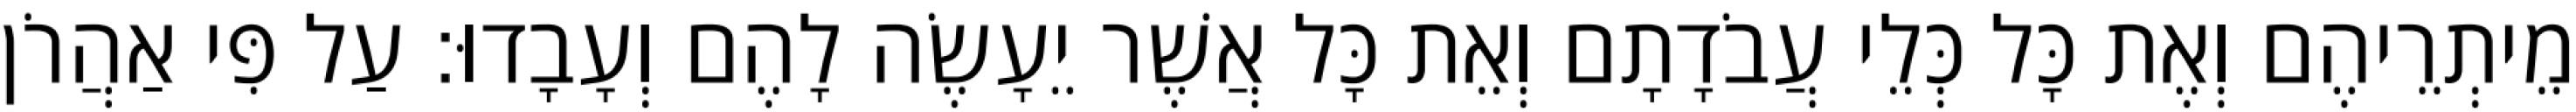
מֵיתְרֵיהֶם וְאֶת כָּל כְּלֵי עֲבֹדָתָם וְאֵת כָּל אֲשֶׁר יֵעָשֶׂה לָהֶם וְעָבָדוּ׃ עַל פִּי אַהֲרֹן